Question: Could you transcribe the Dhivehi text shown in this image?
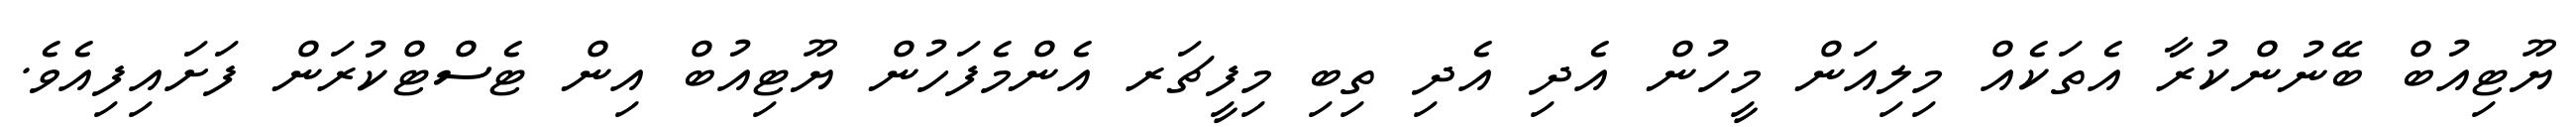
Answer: ޔޫޓިއުބް ބޭނުންކުރާ އެތަކެއް މިލިއަން މީހުން އެދި އެދި ތިބި މިފީޗަރ އެންމެފަހުން ޔޫޓިއުބް އިން ޓެސްޓްކުރަން ފަށައިފިއެވެ.